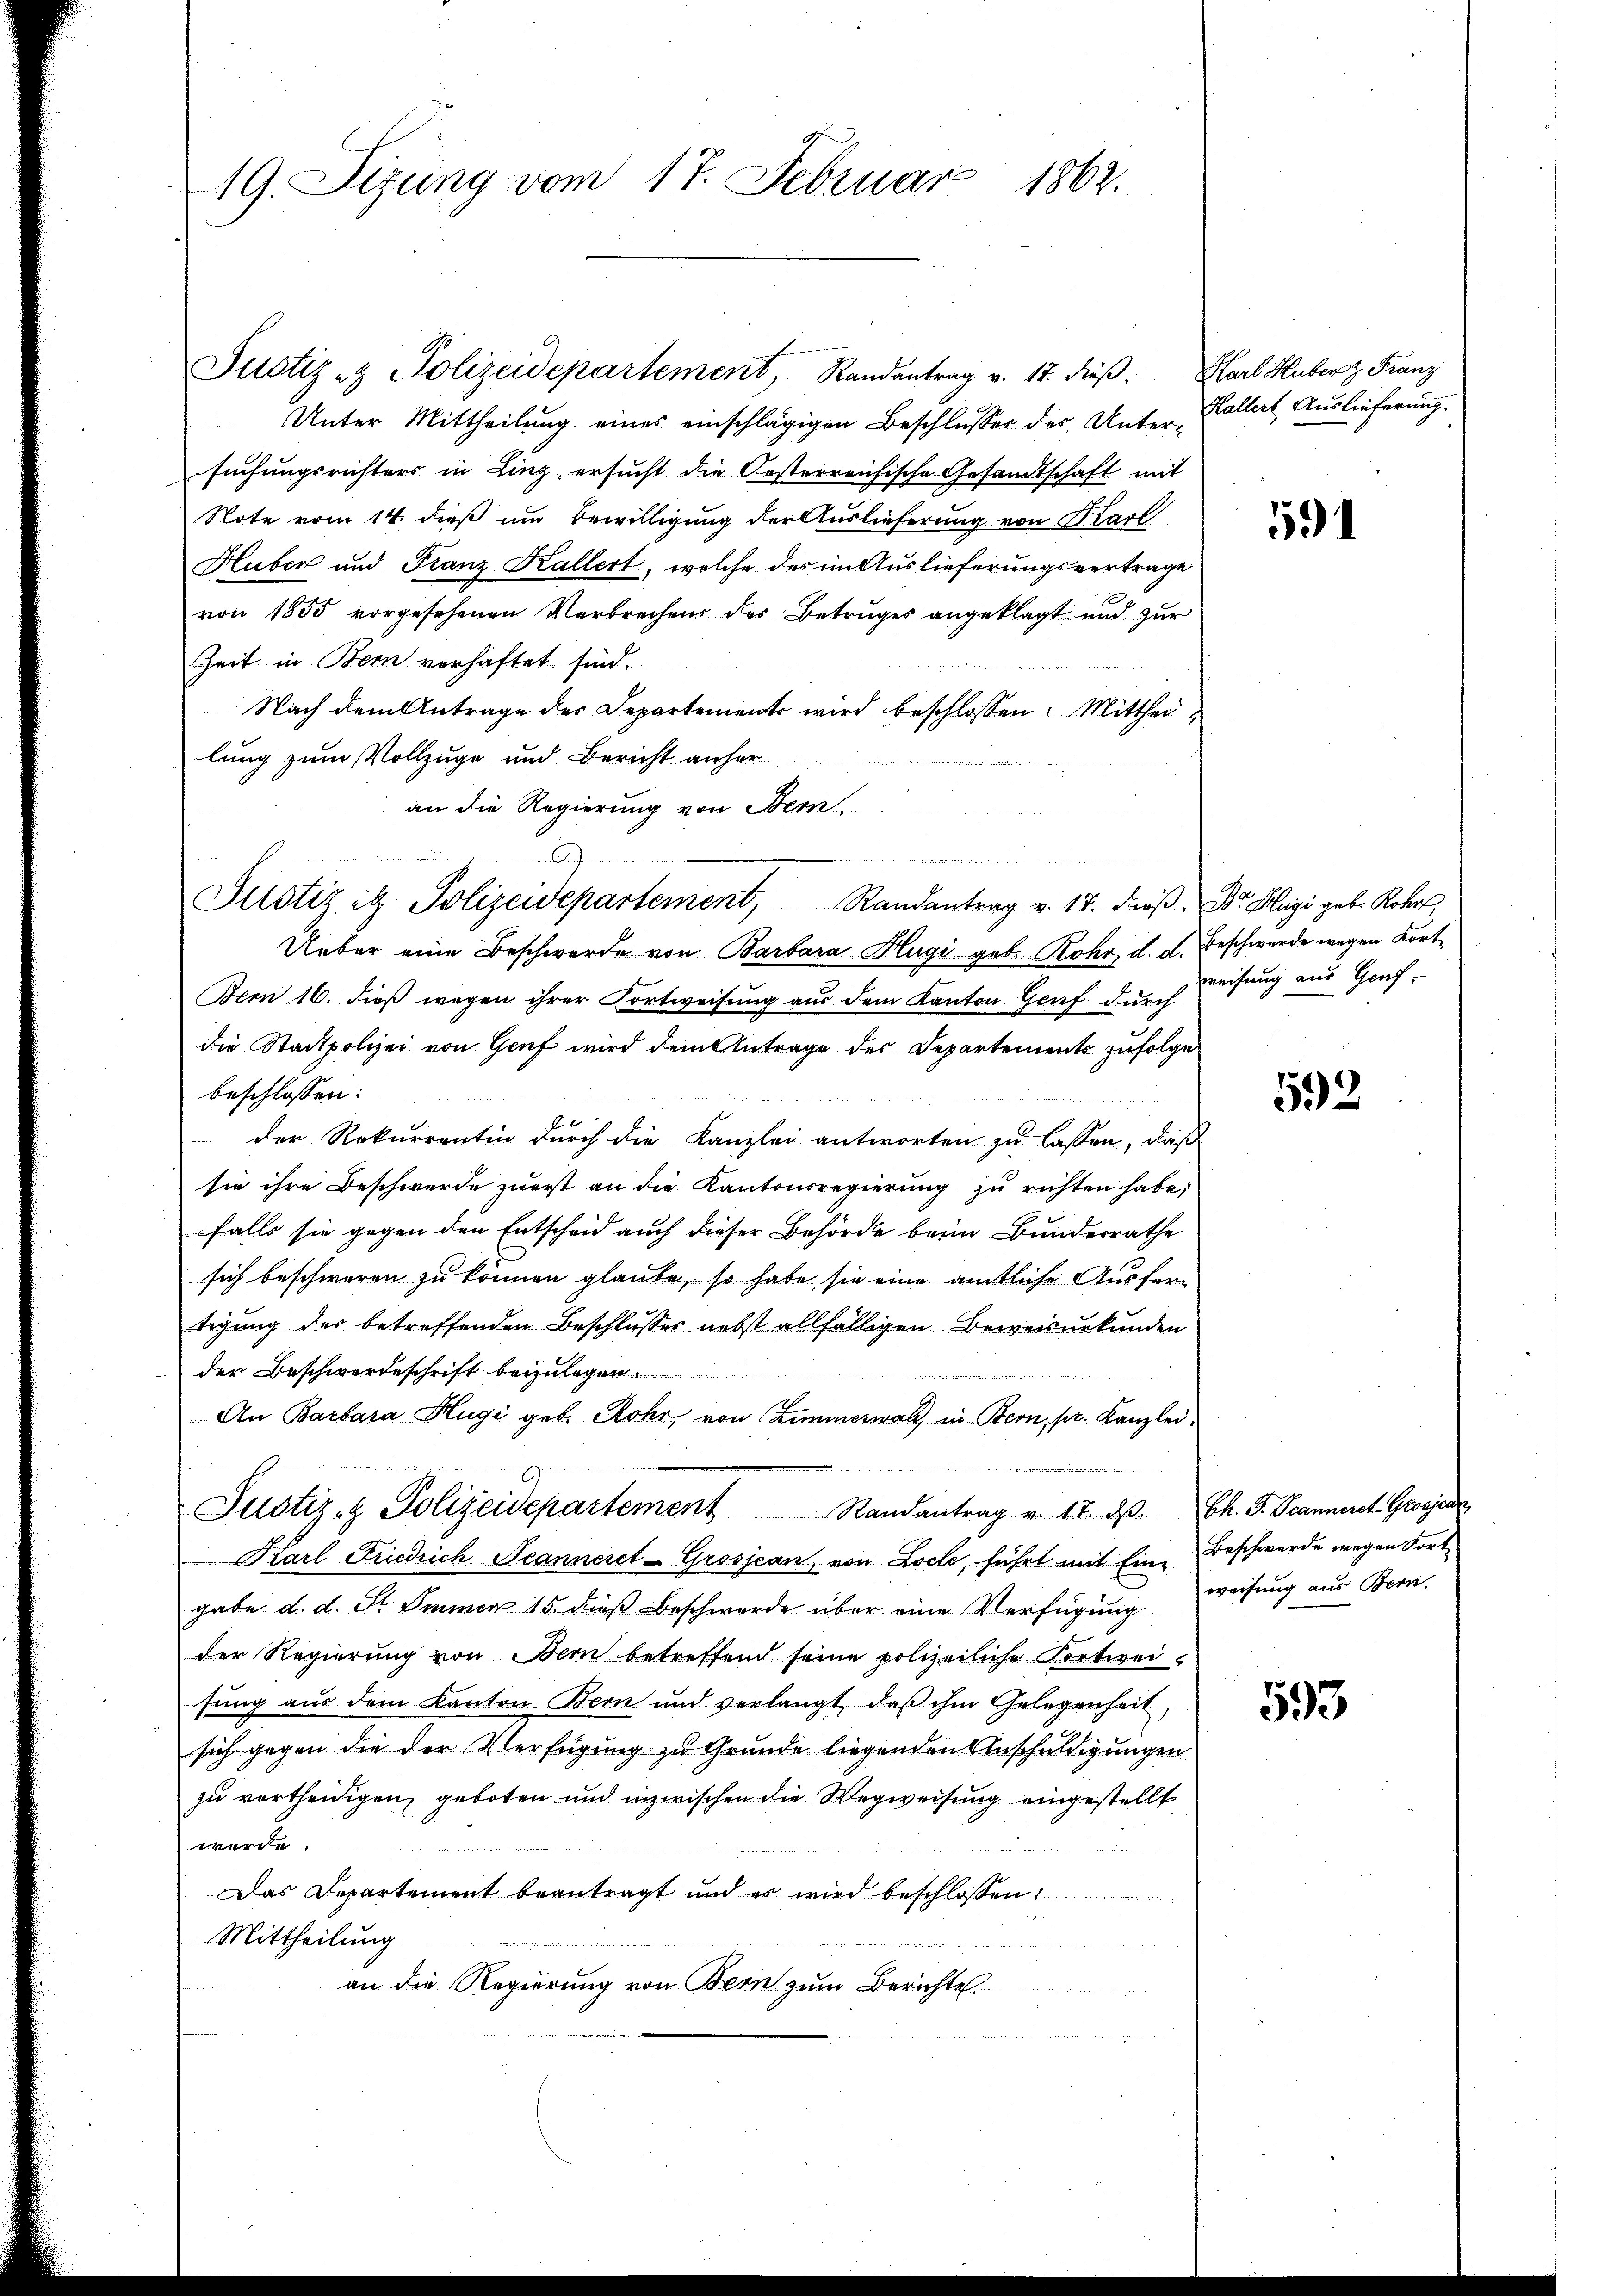
19. Sezung vom 17. Februar 1862.

Justiz & Polizeidepartement, Randantrag v. 17. dieβ. Karl Hubert Franz
Unter Mittheilung eines einschlägigen Beschlusses des Untersuchungsrichters in Linz ersucht die Oesterreichische Gesandtschaft mit
Note vom 14. dieß um Bewilligung der Auslieferung von Karl
Huber und Franz Kallert, welche des im Auslieferungsvertrage
von 1855 vorgesehenen Verbrechens des Betruges angeklagt und zur
Zeit in Bern verhaftet sind.
Nach dem Antrage des Departements wird beschlossen: Mittheilung zum Vollzuge und Bericht anher
an die Regierung von Bern.
Ueber eine Beschwerde von Barbara Hugi geb. Rohr d. d. Beschwerde wegen Fort¬
Bem 16. dieß wegen ihrer Kortweisung aus dem Kanton Genf durch
die Stadtpolizei von Genf wird dem Antrage des Departements zufolge
beschlossen:
d
f 0
der Rekurrentin durch die Kanzlei antworten zu lassen, daß
sie ihre Beschwerde zuerst an die Kantonsregierung zu richten habe;
falls sie gegen den Entscheid auch dieser Behörde beim Bundesrathe
sich beschweren zu können glaube, so habe sie eine amtliche Ausfertigung der betreffenden Beschlusses nebst allfälligen Beweisurkunden
der Beschwerdeschrift beizulegen

An Barbara Hugi geb. Rohr von Zimmerwalt, in Bern, pr. Kanzlei,
in einen reichen schen die in meindenen und diesenen
e
Justiz- & Polizeidepartement
Randantrag v. 17. dβ. Ch. F. Jeanneret Grosjeni
Karl Friedrich Jeannerel-Grosjean, von Locle, führt mit Ein Beschwerde wegen Fort-
gabe d. d. St. Immer 15 dieß beschwerde über eine Verfügung
der Regierung von Bern betreffend seine polizeiliche Fortweisung aus dem Kanton Bern und verlangt, daβ ihm Gelegenheit,
sich gegen die der Verfügung zu Grunde liegenden Anschuldigungen
zu vertheidigen, geboten und inzwischen die Wegweisung eingestellt
werde.
u
Das Departement beantragt und es wird beschlossen:
Mittheilung
r
an habe
an die Regierung von Bern zum Berichte.

A

Justiz itz. Polizeidepartement, Randantrag v. 17. dβ. Dr. Klage geb. Robers

Hallert Auslieferung.

591

weisung aus Genf

592

weisung aus Bern.

593